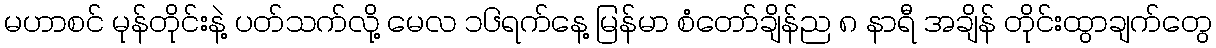
မဟာစင် မုန်တိုင်းနဲ့ ပတ်သက်လို့ မေလ ၁၆ရက်နေ့ မြန်မာ စံတော်ချိန်ည ၈ နာရီ အချိန် တိုင်းထွာချက်တွေ